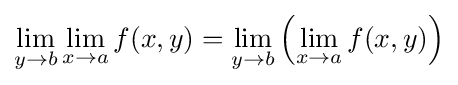
\lim _{y\to b}\lim _{x\to a}f(x,y)=\lim _{y\to b}\left(\lim _{x\to a}f(x,y)\right)